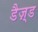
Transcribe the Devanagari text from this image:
डैज़्ड